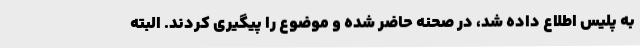
به پلیس اطلاع داده شد، در صحنه حاضر شده و موضوع را پیگیری کردند. البته